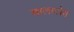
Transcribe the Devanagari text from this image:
बालाटोरा